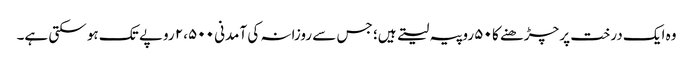
وہ ایک درخت پر چڑھنے کا ۵۰ روپیہ لیتے ہیں؛ جس سے روزانہ کی آمدنی ۲،۵۰۰ روپے تک ہو سکتی ہے۔